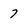
Character: 7